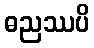
ဓညဿပိ